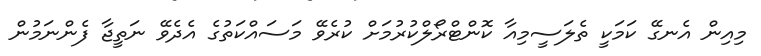
މިއިން އެނގޭ ކަމަކީ ތެލަސީމިއާ ކޮންޓްރޯލްކުރުމަށް ކުރެވޭ މަސައްކަތުގެ އެދެވޭ ނަތީޖާ ފެންނަމުން